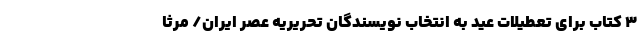
3 کتاب برای تعطیلات عید به انتخاب نویسندگان تحریریه عصر ایران/ مرثا